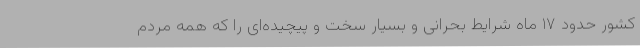
کشور حدود ۱۷ ماه شرایط بحرانی و بسیار سخت و پیچیده‌ای را که همه مردم